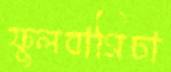
ফুলবাগিচা